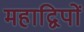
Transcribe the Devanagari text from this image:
महाद्विपों